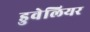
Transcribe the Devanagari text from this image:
डुवेलियर